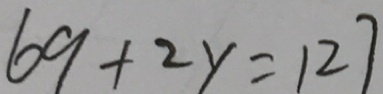
6 9 + 2 y = 1 2 7